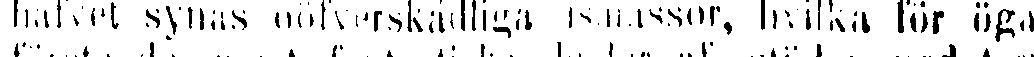
hafvet synas oöfverskadliga ismassor, hvilka för öga